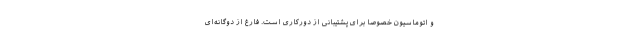
و اتوماسیون خصوصا برای پشتیبانی از دورکاری است. فارغ از دوگانه‌ای